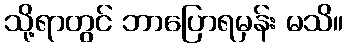
သို့ရာတွင် ဘာပြောရမှန်း မသိ။